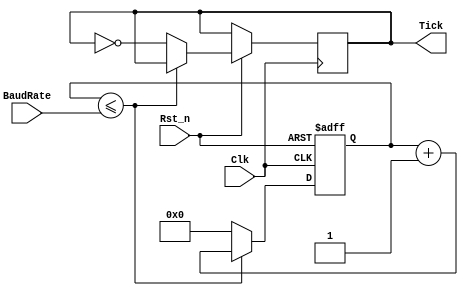
// This program was cloned from: https://github.com/jzkmath/MIDI-Stepper-Synth-V2
// License: GNU General Public License v3.0

/*Imagine that the baud rate you want to work with is 9600. The clock of my
FPGA is 50MHz. If we want the "TICKS" to ahev 16 times the frequency of the UART signal
we need a frequency 16 times the 9600Hz. 
The width of the UART signal is 1/9600 equal to 104us. The width of the main clock is 1/50Mhz equal to 20ns
How many 20ns pulses we need to cont to get to 104us/16??? Well (104000ns/16)/ 20ns = 325 pulses (
That's why in the top we set baud rate to 325)
*/
module MIDI_BaudRate_generator(
    Clk                   ,
    Rst_n                 ,
    Tick                  ,
    BaudRate
    );

input           Clk                 ; // Clock input
input           Rst_n               ; // Reset input
input [15:0]    BaudRate            ; // Value to divide the generator by
output  reg        Tick                ; // Each "BaudRate" pulses we create a tick pulse
reg [15:0]      baudRateReg         ; // Register used to count


always @(posedge Clk or negedge Rst_n)
begin
    if (!Rst_n) baudRateReg <= 16'b0;
	 else begin
		 if (baudRateReg <= BaudRate) baudRateReg <= baudRateReg + 1'b1;
		 else
		 begin
			baudRateReg <= 16'b0;
			Tick <= ~Tick;
		 end
	 end
end
endmodule
/*
module StepperFM(Clk, Pitch, FM_out);
	input Clk; //50MHz Clock
	input [23:0] Pitch; //from MIDI_PitchConv.v
	output reg FM_out; //the square wave out
	reg [23:0] counter; //to count the number of clock cycles
	
	always @ (posedge Clk)
	begin
		if (Pitch != 0) //only perform for nonzero pitch values
		begin
			if (counter <= Pitch) 
			begin
				counter <= counter+1; //increment counter 
			end
			else //when reaches the desired number of clock cycles...
			begin
				counter <= 0; //reset counter
				FM_out <= ~FM_out; //toggle state
			end
		end
	end
	
endmodule */